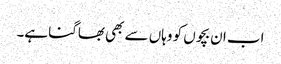
اب ان بچوں کو وہاں سے بھی بھاگنا ہے۔